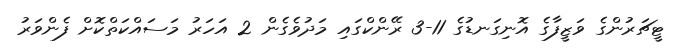
ޓީޗަރުންގެ ވަޒީފާގެ އޮނިގަނޑުގެ 11-3 ރޭންކްގައި މަދުވެގެން 2 އަހަރު މަސައްކަތްކޮށް ފެންވަރު